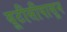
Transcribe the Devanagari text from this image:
यूटीसीपासून